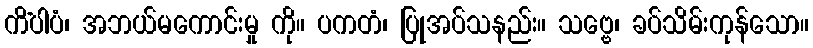
ကိံပါပံ၊ အဘယ်မကောင်းမှု ကို။ ပကတံ၊ ပြုအပ်သနည်း။ သဗ္ဗေ၊ ခပ်သိမ်းကုန်သော။